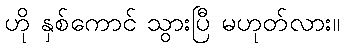
ဟို နှစ်ကောင် သွားပြီ မဟုတ်လား။